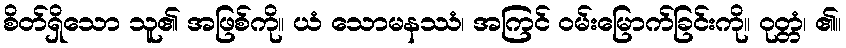
စိတ်ရှိသော သူ၏ အဖြစ်ကို။ ယံ သောမနဿံ၊ အကြင် ဝမ်းမြောက်ခြင်းကို။ ဝုတ္တံ၊ ၏။